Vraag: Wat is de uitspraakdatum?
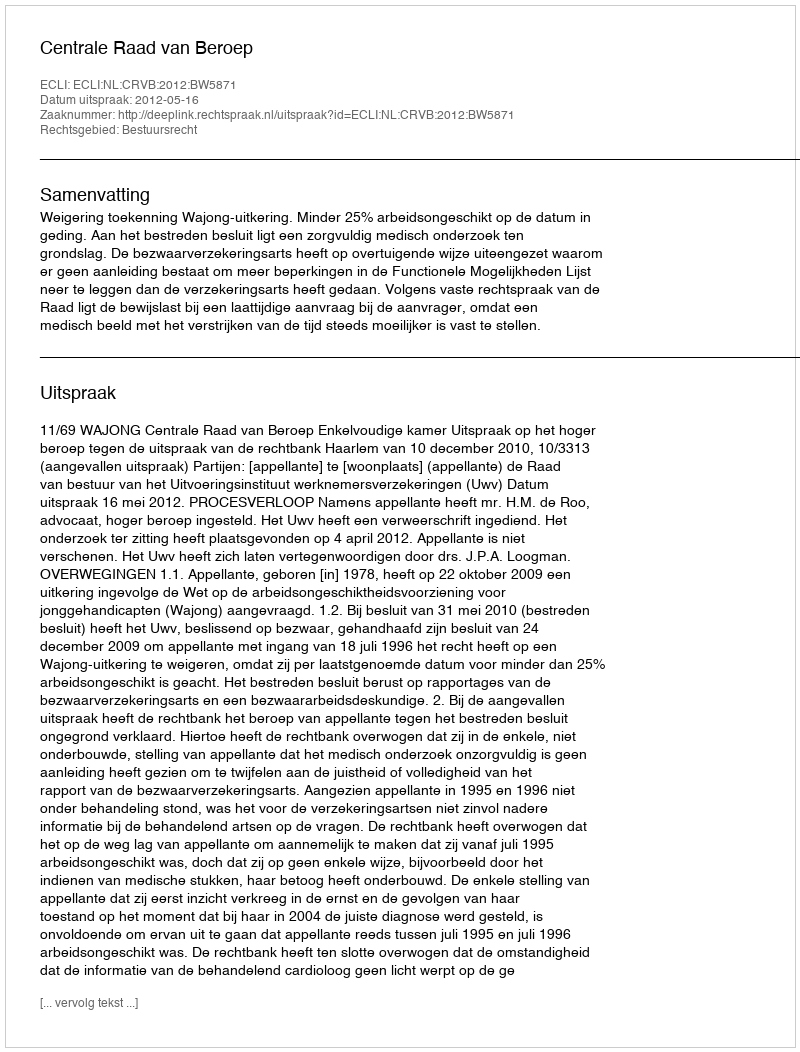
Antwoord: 2012-05-16